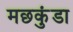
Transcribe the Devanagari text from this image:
मछकुंडा